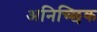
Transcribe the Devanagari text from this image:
अनिच्छिक